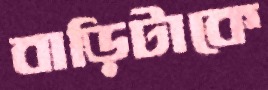
বাড়িটাকে